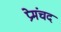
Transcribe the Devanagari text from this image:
प्रेमंचद